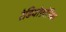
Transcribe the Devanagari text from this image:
रेडियोफ़ोनिक